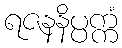
ရဇနနိပ္ပက္ကံ